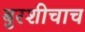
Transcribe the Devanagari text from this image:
बुरशीचाच